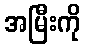
အမြီးကို